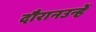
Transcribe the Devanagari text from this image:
दौरानउन्हें